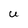
Character: U